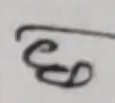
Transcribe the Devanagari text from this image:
छ